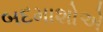
બદમાશોએ